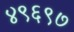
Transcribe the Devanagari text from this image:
४९६९७